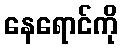
နေရောင်ကို